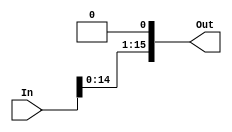
module shift_left(
  	 output [15:0] Out,
  	 input [15:0] In
	);

   assign Out = {In[14:0],1'b0};

endmodule